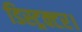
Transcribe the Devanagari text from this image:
डिस्ट्रक्टर।